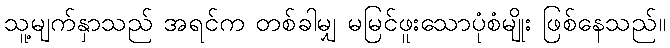
သူ့မျက်နှာသည် အရင်က တစ်ခါမျှ မမြင်ဖူးသောပုံစံမျိုး ဖြစ်နေသည်။